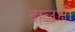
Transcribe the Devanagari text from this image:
दालती